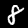
Label: 8